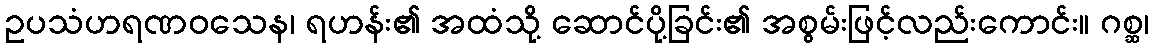
ဥပသံဟရဏဝသေန၊ ရဟန်း၏ အထံသို့ ဆောင်ပို့ခြင်း၏ အစွမ်းဖြင့်လည်းကောင်း။ ဂစ္ဆ၊